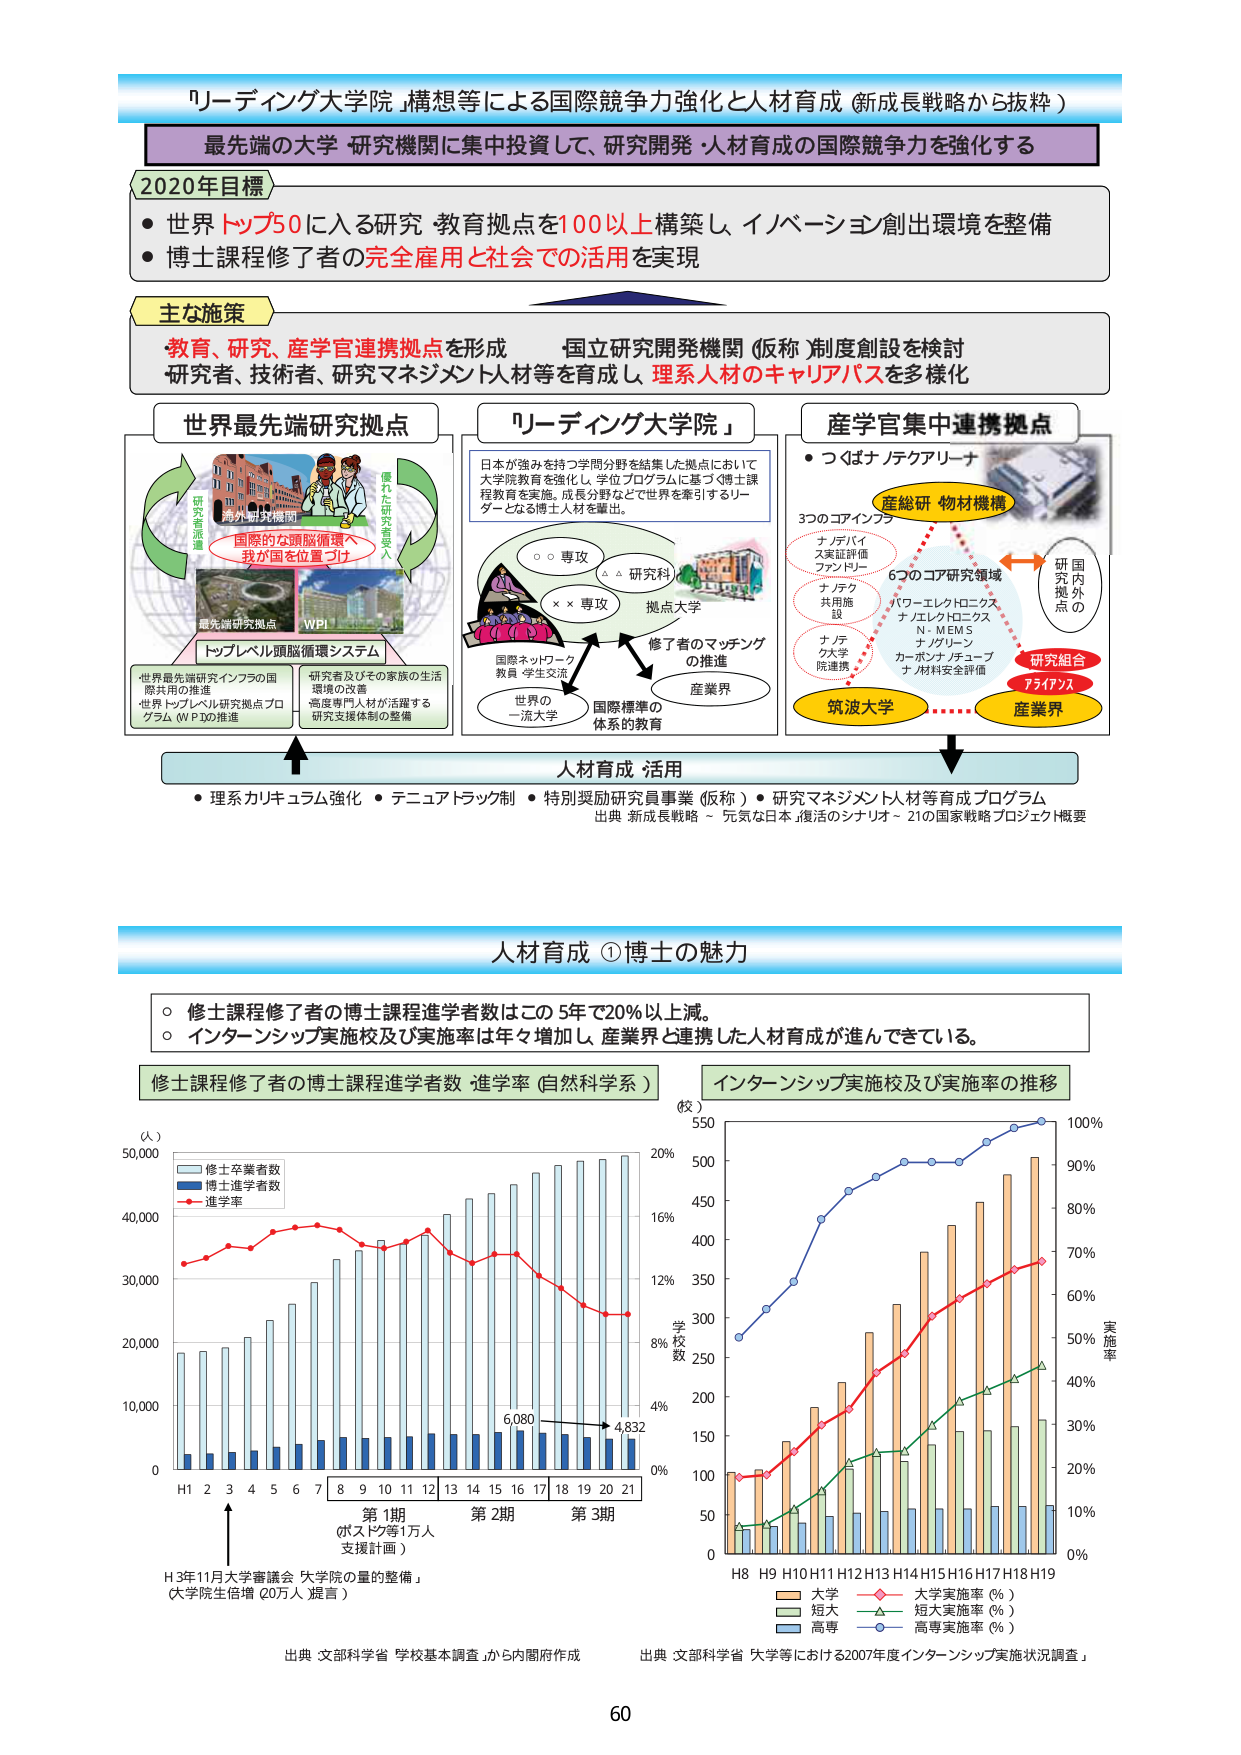
「リーディング大学院」構想等による国際競争力強化と人材育成（新成長戦略から抜粋）

最先端の大学・研究機関に集中投資して、研究開発・人材育成の国際競争力を強化する

2020年目標
・世界トップ50に入る研究・教育拠点を100以上構築し、イノベーション創出環境を整備
・博士課程修了者の完全雇用と社会での活用を実現

主な施策
教育、研究、産学官連携拠点を形成　国立研究開発機関（仮称）制度創設を検討
研究者、技術者、研究マネジメント人材等を育成し、理系人材のキャリアパスを多様化

世界最先端研究拠点
研究者派遣
海外研究機関
優れた研究者受入
国際的な頭脳循環へ
我が国を位置づけ
最先端研究拠点
WPI
トップレベル頭脳循環システム
・世界最先端研究インフラの国際共用の推進
・世界トップレベル研究拠点プログラム（WPI）の推進
研究者及びその家族の生活環境の改善
高度専門人材が活躍する研究支援体制の整備

「リーディング大学院」
日本が強みを持つ学問分野を結集した拠点において
大学院教育を強化し、学位プログラムに基づく博士課程教育を実施。成長分野などで世界を牽引するリーダーとなる博士人材を輩出。
○○専攻
△△研究科
××専攻
拠点大学
修了者のマッチングの推進
国際ネットワーク教員・学生交流
世界の一流大学
産業界
国際標準の体系的教育

産学官集中連携拠点
・つばナノテクアリーナ
産総研 物材機構
3つのコアインフラ
ナノデバイス実証評価ファシリティ
ナノテク共用施設
ナノテク大学院連携
6つのコア研究領域
パワーエレクトロニクス
ナノエレクトロニクス
N-MEMS
ナノグリーン
カーボンナノチューブ
ナノ材料安全評価
研究組合
アライアンス
産業界
研究拠点の国内外

人材育成 活用
・理系カリキュラム強化・デニュアトラック制・特別奨励研究員事業（仮称）・研究マネジメント人材等育成プログラム
出典：新成長戦略～元気な日本、復活のシナリオ～21の国家戦略プロジェクト概要

人材育成 ①博士の魅力
○修士課程修了者の博士課程進学者数はこの5年で20％以上減。
○インターンシップ実施校及び実施率は年々増加し、産業界と連携した人材育成が進んできている。

修士課程修了者の博士課程進学者数 進学率（自然科学系）
（人）
50,000
40,000
30,000
20,000
10,000
0
H1 2 3 4 5 6 7 8 9 10 11 12 13 14 15 16 17 18 19 20 21
修士卒業者数
博士進学者数
進学率
第1期
（ポストドク等1万人支援計画）
第2期
第3期
6,080
4,832
H3年11月大学審議会「大学院の量的整備」
（大学院生倍増20万人）提言
出典：文部科学省「学校基本調査」から内閣府作成

インターンシップ実施校及び実施率の推移
（校）
550
500
450
400
350
300
250
200
150
100
50
0
H8 H9 H10 H11 H12 H13 H14 H15 H16 H17 H18 H19
大学
短大
高専
大学実施率（％）
短大実施率（％）
高専実施率（％）
20％
16％
12％
8％
4％
0％
100％
90％
80％
70％
60％
50％
40％
30％
20％
10％
0％
実施率
学 校 数
出典：文部科学省「大学等における2007年度インターンシップ実施状況調査」

60